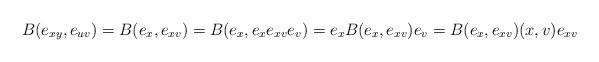
LaTeX: \begin{align*}B(e_{xy},e_{uv})=B(e_x,e_{xv})=B(e_x,e_xe_{xv}e_v)=e_xB(e_x,e_{xv})e_v=B(e_x,e_{xv})(x,v)e_{xv}\end{align*}